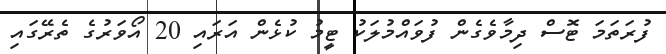
ފުރަތަމަ ޓޮސް ދިމާވެގެން ފުވައްމުލަކު ޓީމު ކުޅެން އަރައި 20 އޯވަރުގެ ތެރޭގައި